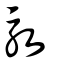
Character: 駇